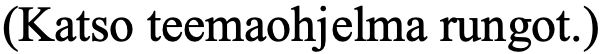
(Katso teemaohjelma rungot.)